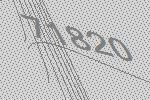
71820